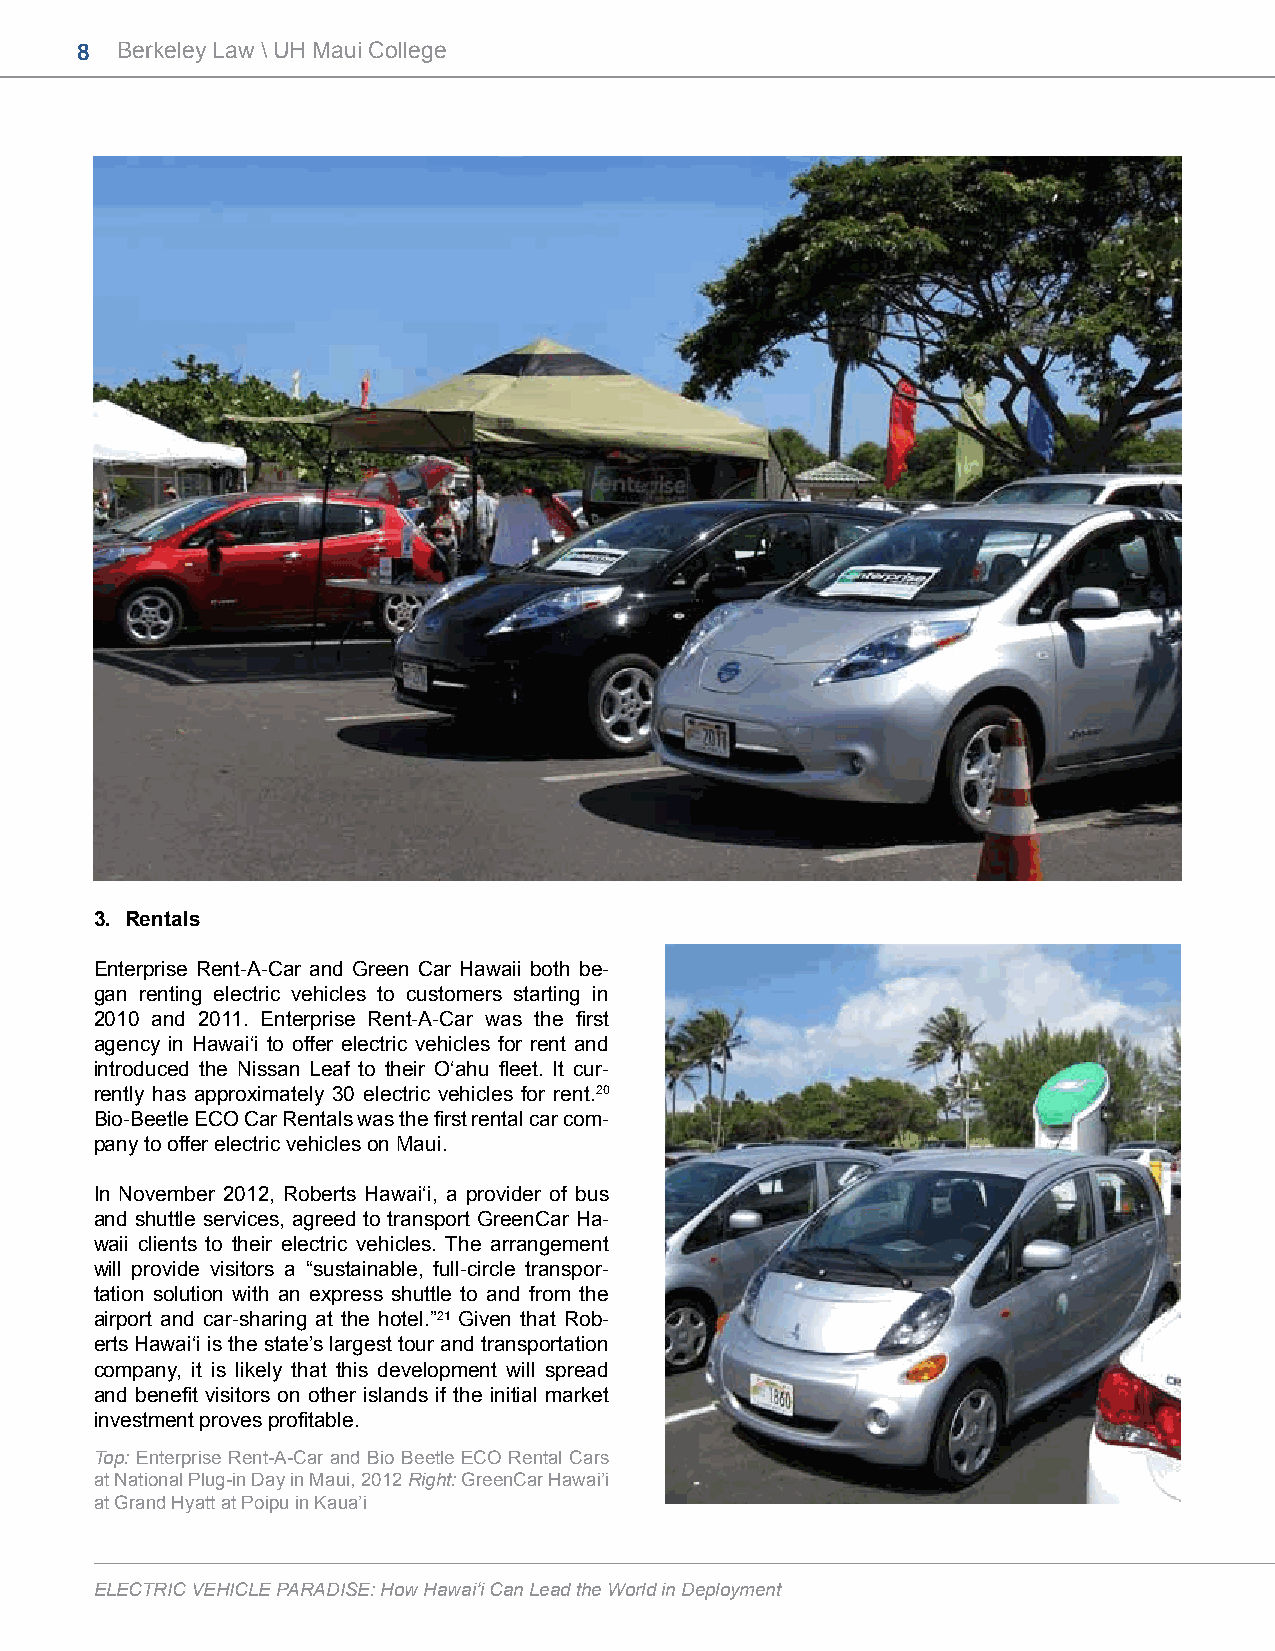
8  Berkeley Law \ UH Maui College
 3. Rentals
 Enterprise Rent-A-Car and Green Car Hawaii both be-
 gan renting electric vehicles to customers starting in
 2010 and 2011. Enterprise Rent-A-Car was the first
 agency in Hawai‘i to offer electric vehicles for rent and
 introduced the Nissan Leaf to their O‘ahu fleet. It cur-
 rently has approximately 30 electric vehicles for rent.20
 Bio-Beetle ECO Car Rentals was the first rental car com-
 pany to offer electric vehicles on Maui.
 In November 2012, Roberts Hawai‘i, a provider of bus
 and shuttle services, agreed to transport GreenCar Ha-
 waii clients to their electric vehicles. The arrangement
 will provide visitors a “sustainable, full-circle transpor-
 tation solution with an express shuttle to and from the
 airport and car-sharing at the hotel.”21 Given that Rob-
 erts Hawai‘i is the state’s largest tour and transportation
 company, it is likely that this development will spread
 and benefit visitors on other islands if the initial market
 investment proves profitable.
 Top: Enterprise Rent-A-Car and Bio Beetle ECO Rental Cars
 at National Plug-in Day in Maui, 2012 Right: GreenCar Hawai’i
 at Grand Hyatt at Poipu in Kaua’i
 ELECTRIC VEHICLE PARADISE: How Hawai‘i Can Lead the World in Deployment